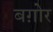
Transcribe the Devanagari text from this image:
बग़ोर